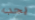
يجب